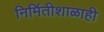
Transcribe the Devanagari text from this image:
निर्मितीशाळाही